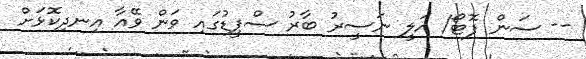
-- ސަން ފޮޓޯ/ އަލީ ނަސީރު ބާރު ސްޕީޑުގައި ވަން ވޭއާ އިނދިކޮޅަށް